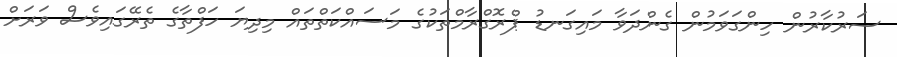
ސަރުކާރުން ހިންގަވަމުން ގެންދަވާ މައިގަނޑު ޕްރޮގްރާމްތަކުގެ މަސައްކަތްތައް މިދިޔަ ހަފްތާގެ ތެރޭގައިވެސް ވަރަށް